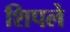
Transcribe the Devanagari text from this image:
शिपले